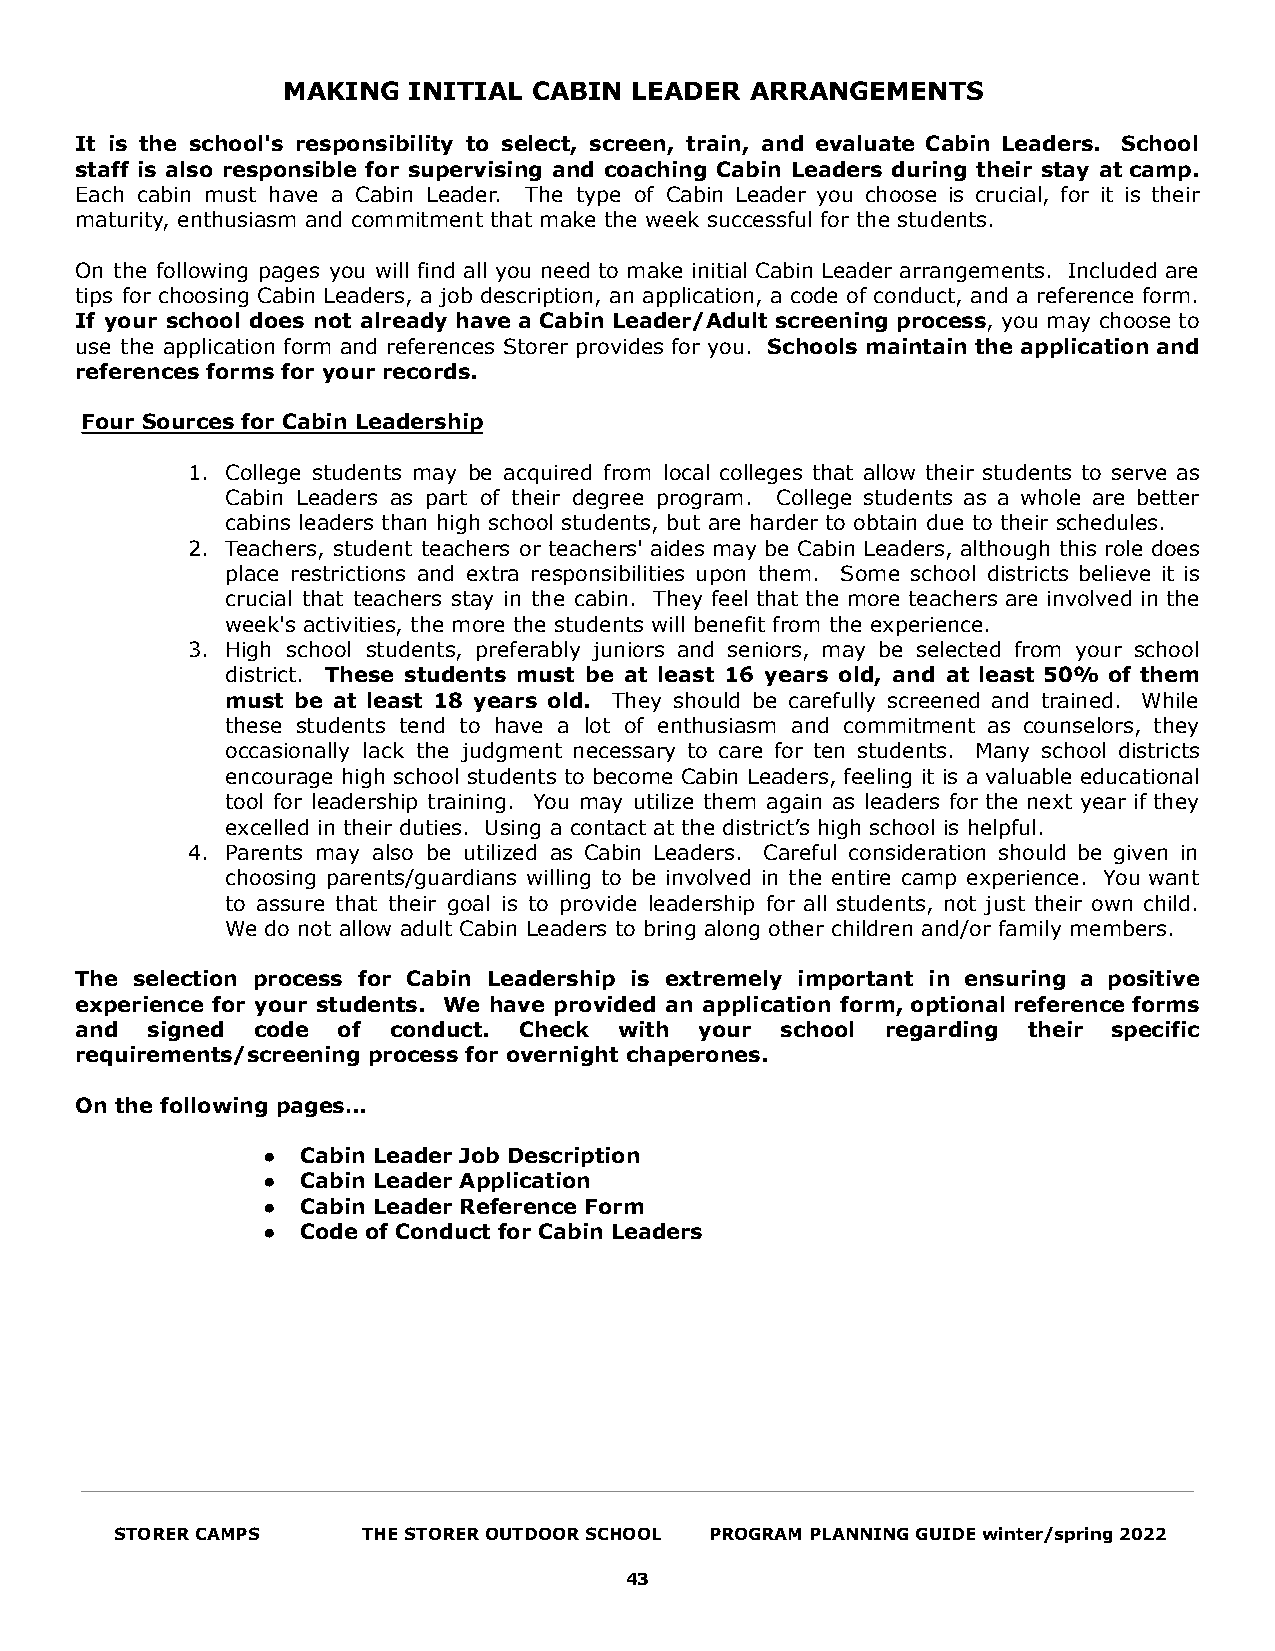
MAKING  INITIAL CABIN  LEADER  ARRANGEMENTS
 It is the school's responsibility to select, screen, train, and evaluate Cabin Leaders. School
 staff is also responsible for supervising and coaching Cabin Leaders during their stay at camp.
 Each cabin must have a Cabin Leader. The type of Cabin Leader you choose is crucial, for it is their
 maturity, enthusiasm and commitment that make the week successful for the students.
 On the following pages you will find all you need to make initial Cabin Leader arrangements. Included are
 tips for choosing Cabin Leaders, a job description, an application, a code of conduct, and a reference form.
 If your school does not already have a Cabin Leader/Adult screening process, you may choose to
 use the application form and references Storer provides for you. Schools maintain the application and
 references forms for your records.
 Four Sources for Cabin Leadership
 1. College students may be acquired from local colleges that allow their students to serve as
 Cabin Leaders as part of their degree program. College students as a whole are better
 cabins leaders than high school students, but are harder to obtain due to their schedules.
 2. Teachers, student teachers or teachers' aides may be Cabin Leaders, although this role does
 place restrictions and extra responsibilities upon them. Some school districts believe it is
 crucial that teachers stay in the cabin. They feel that the more teachers are involved in the
 week's activities, the more the students will benefit from the experience.
 3. High school students, preferably juniors and seniors, may be selected from your school
 district. These students must be at least 16 years old, and at least 50% of them
 must be at least 18 years old. They should be carefully screened and trained. While
 these students tend to have a lot of enthusiasm and commitment as counselors, they
 occasionally lack the judgment necessary to care for ten students. Many school districts
 encourage high school students to become Cabin Leaders, feeling it is a valuable educational
 tool for leadership training. You may utilize them again as leaders for the next year if they
 excelled in their duties. Using a contact at the district’s high school is helpful.
 4. Parents may also be utilized as Cabin Leaders. Careful consideration should be given in
 choosing parents/guardians willing to be involved in the entire camp experience. You want
 to assure that their goal is to provide leadership for all students, not just their own child.
 We do not allow adult Cabin Leaders to bring along other children and/or family members.
 The selection process for Cabin Leadership is extremely important in ensuring a positive
 experience for your students. We have provided an application form, optional reference forms
 and  signed code of  conduct. Check with your  school regarding their specific
 requirements/screening process for overnight chaperones.
 On the following pages…
 ●  Cabin Leader Job Description
 ●  Cabin Leader Application
 ●  Cabin Leader Reference Form
 ●  Code of Conduct for Cabin Leaders
 STORER CAMPS    THE STORER OUTDOOR SCHOOL PROGRAM PLANNING GUIDE winter/spring 2022
 43